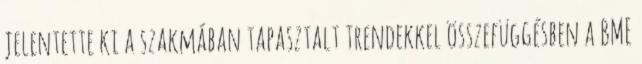
jelentette ki a szakmában tapasztalt trendekkel összefüggésben a BME